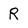
Character: R